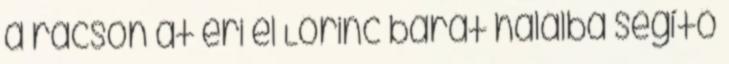
a rácson át éri el Lőrinc barát halálba segítő